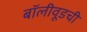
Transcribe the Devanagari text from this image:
बॉलीवूडची